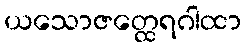
ယသောဇတ္ထေရဂါထာ